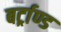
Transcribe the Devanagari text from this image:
बर्ट्राण्ड